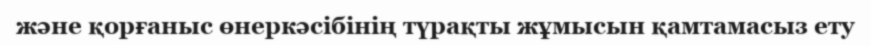
және қорғаныс өнеркәсібінің түрақты жұмысын қамтамасыз ету